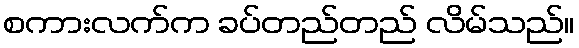
စကားလက်က ခပ်တည်တည် လိမ်သည်။